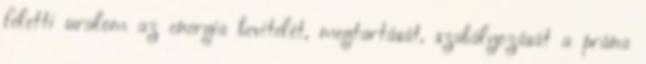
feletti uralom az energia bevitelét, megtartását, szabályozását a prána